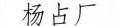
杨占厂